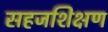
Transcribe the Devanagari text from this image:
सहजशिक्षण